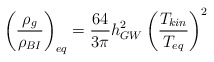
\begin{align*}\left({\rho_g \over \rho_{BI}} \right)_{eq}={64 \over {3 \pi}} h_{GW}^2 \left({T_{kin} \over T_{eq}} \right)^2\end{align*}